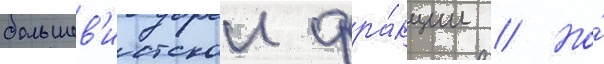
большев'истскои фра́кции // Но́